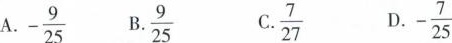
A. - \frac{9}{25} B.\frac{9}{25} C.\frac{7}{27} D.- \frac{7}{25}